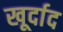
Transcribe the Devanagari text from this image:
खूर्दाद